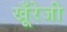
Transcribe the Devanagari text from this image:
खूँरेजी